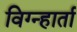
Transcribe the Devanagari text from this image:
विग्न्हार्ता